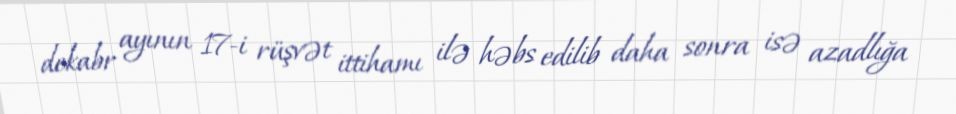
dekabr ayının 17-i rüşvət ittihamı ilə həbs edilib daha sonra isə azadlığa